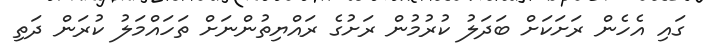
ގައި އެހެން ރަށަކަށް ބަދަލު ކުރުމުން ރަށުގެ ރައްޔިތުންނަށް ތަހައްމަލު ކުރަން ދަތި